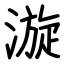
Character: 漩